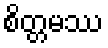
စိတ္တမဿ